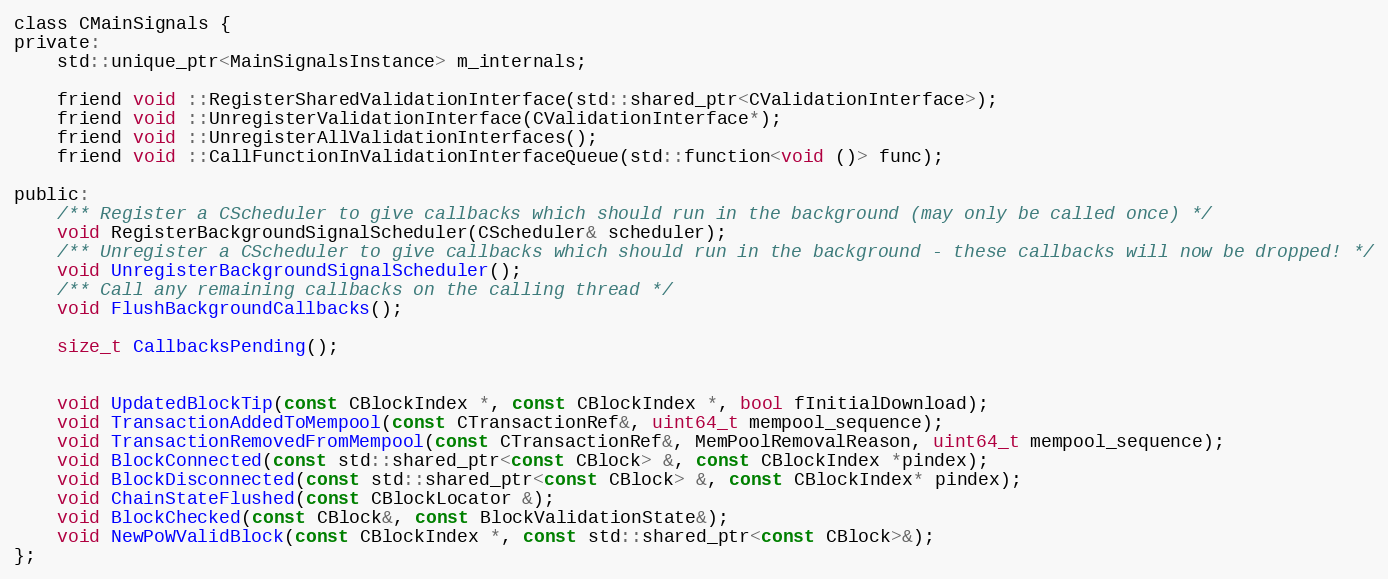
Language: C
class CMainSignals {
private:
    std::unique_ptr<MainSignalsInstance> m_internals;

    friend void ::RegisterSharedValidationInterface(std::shared_ptr<CValidationInterface>);
    friend void ::UnregisterValidationInterface(CValidationInterface*);
    friend void ::UnregisterAllValidationInterfaces();
    friend void ::CallFunctionInValidationInterfaceQueue(std::function<void ()> func);

public:
    /** Register a CScheduler to give callbacks which should run in the background (may only be called once) */
    void RegisterBackgroundSignalScheduler(CScheduler& scheduler);
    /** Unregister a CScheduler to give callbacks which should run in the background - these callbacks will now be dropped! */
    void UnregisterBackgroundSignalScheduler();
    /** Call any remaining callbacks on the calling thread */
    void FlushBackgroundCallbacks();

    size_t CallbacksPending();

    void UpdatedBlockTip(const CBlockIndex *, const CBlockIndex *, bool fInitialDownload);
    void TransactionAddedToMempool(const CTransactionRef&, uint64_t mempool_sequence);
    void TransactionRemovedFromMempool(const CTransactionRef&, MemPoolRemovalReason, uint64_t mempool_sequence);
    void BlockConnected(const std::shared_ptr<const CBlock> &, const CBlockIndex *pindex);
    void BlockDisconnected(const std::shared_ptr<const CBlock> &, const CBlockIndex* pindex);
    void ChainStateFlushed(const CBlockLocator &);
    void BlockChecked(const CBlock&, const BlockValidationState&);
    void NewPoWValidBlock(const CBlockIndex *, const std::shared_ptr<const CBlock>&);
};